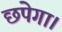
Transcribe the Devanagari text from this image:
छपेगा।